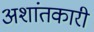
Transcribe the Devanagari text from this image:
अशांतकारी